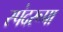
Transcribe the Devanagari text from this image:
स्पंदरूपा